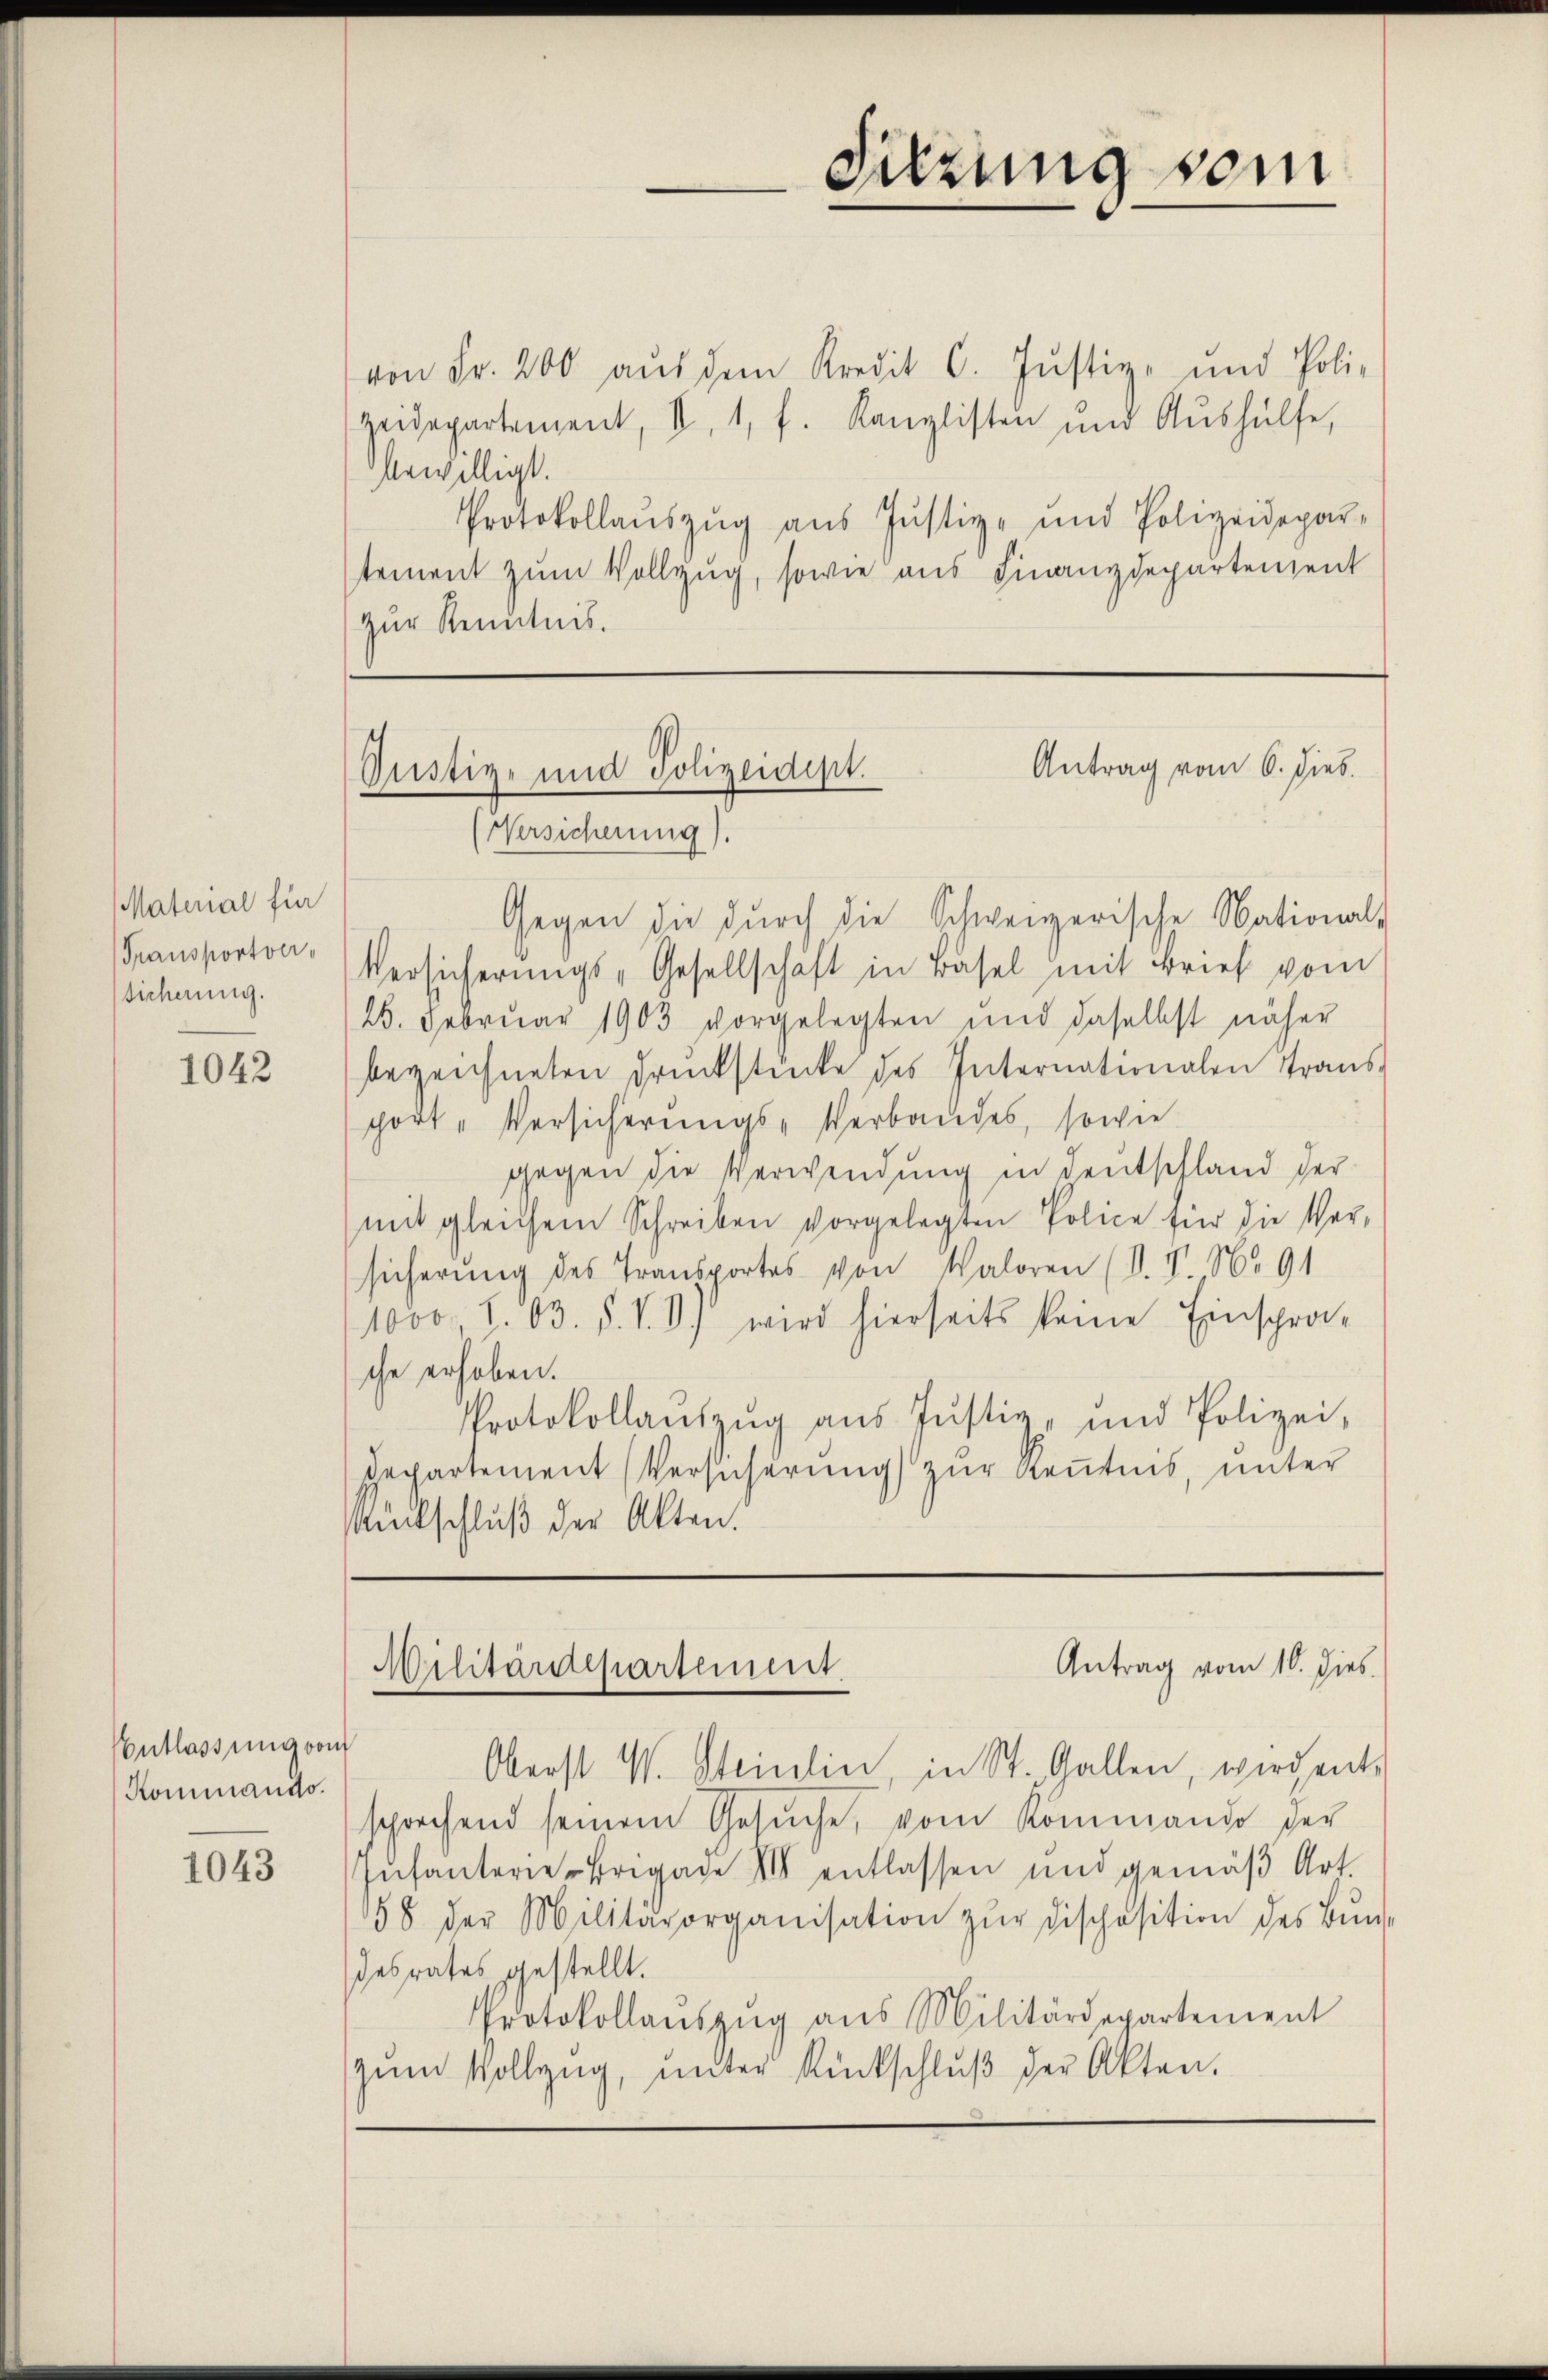
Material für
Transportver
Sicherung.

1042

Entlassung von
Kommando.

1043

von Fr. 200 aŭs dem Kredit C. Jŭstiz- und Poli-
Heidepartement, II, 1, f. Kanzlisten und Aushülfe,
bewilligt.
Protokollauszug aus Justiz- und Polizeidepar-
stement zum Vollzug, sowie aus Finanzdepartement
zur Kenntnis.

Sitzung sein

Antrag vom 6. dies
Dustiz- und Polizeidipt.
(Versicherung).

Gegen die durch die Schweizerische National-
Versicherungs-Gesellschaft in Basel mit Brief vom
26. Februar 1903 vorgelegten und daselbst näher
bezeichneten Druckstücke des Internationalen Transport-Versicherungs-Verbandes, sowie
gegen die Verwendung in Deutschland der
mit gleichem Schreiben vorgelegten Police für die Ver-
sicherung des Transportes von Valoren (V. V. No 91
1000. 103. d. S. 3.) wird hierseits keine Einspra-
che erhoben.
Protokollaŭszŭg ans Justiz- und Polizei-
departement (Versicherung zur Renntnis, unter
Rückschluß der Akten.

Antrag vom 10. dies
Militärdepartement.

Oberst W. Steinlin, in St. Gallen, wird ents
sprechend seinem Gesŭche, vom Kommando der
Infanterie-Brigade III entlassen und gemäß Art.
158 der Militärorganisation zŭr dischosition des Bŭnd-
desrates gestellt.
Protokollaŭszŭg aŭs Militärdepartement
zum Vollzug, unter Rückschluß der Akten.